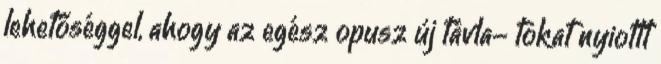
lehetőséggel, ahogy az egész opusz új távla- tokat nyiottt